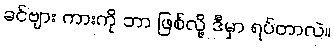
ခင်ဗျား ကားကို ဘာ ဖြစ်လို့ ဒီမှာ ရပ်တာလဲ။